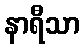
နာရီသာ